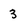
Character: 3